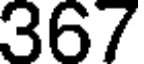
367